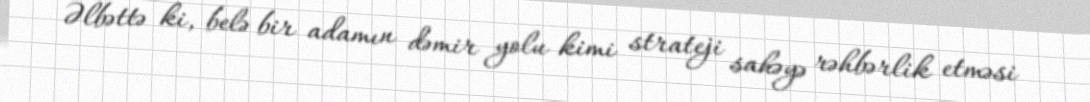
Əlbəttə ki, belə bir adamın dəmir yolu kimi strateji sahəyə rəhbərlik etməsi